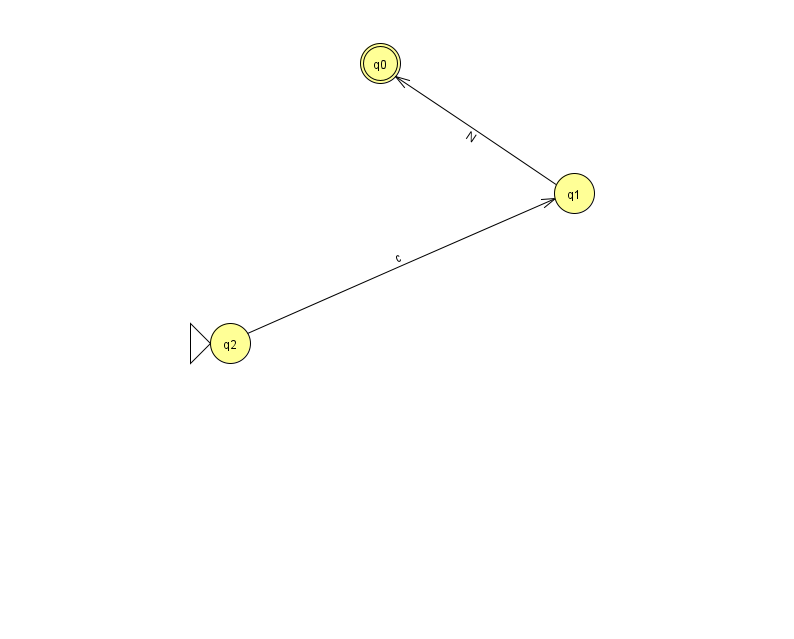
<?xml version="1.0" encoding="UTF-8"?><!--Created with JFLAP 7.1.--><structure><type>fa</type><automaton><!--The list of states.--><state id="0" name="q0"><x>380.0</x><y>50.0</y><final/></state><state id="1" name="q1"><x>574.0</x><y>180.0</y></state><state id="2" name="q2"><x>230.0</x><y>330.0</y><initial/></state><!--The list of transitions.--><transition><from>2</from><to>1</to><read>c</read></transition><transition><from>1</from><to>0</to><read>N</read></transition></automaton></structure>